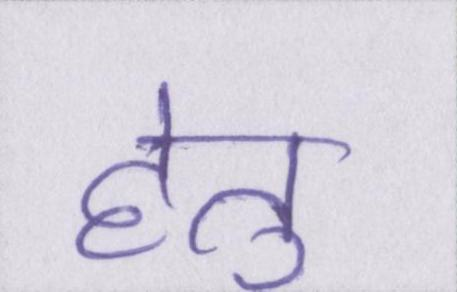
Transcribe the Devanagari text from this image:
हेतु